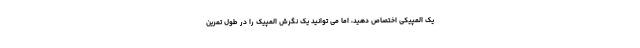
یک المپیکی اختصاص دهید، اما می توانید یک نگرش المپیک را در طول تمرین